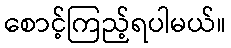
စောင့်ကြည့်ရပါမယ်။